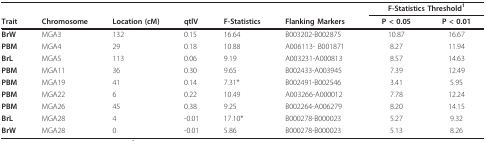
<table><thead><tr><td></td><td></td><td></td><td></td><td></td><td></td><td colspan="2"><b>F-Statistics Threshold<sup>1</sup></b></td></tr><tr><td><b>Trait</b></td><td><b>Chromosome</b></td><td><b>Location (cM)</b></td><td><b>qtlV</b></td><td><b>F-Statistics</b></td><td><b>Flanking Markers</b></td><td><b>P &lt; 0.05</b></td><td><b>P &lt; 0.01</b></td></tr></thead><tbody><tr><td><b>BrW</b></td><td>MGA3</td><td>132</td><td>0.15</td><td>16.64</td><td>B003202-B002875</td><td>10.87</td><td>16.67</td></tr><tr><td><b>PBM</b></td><td>MGA4</td><td>29</td><td>0.18</td><td>10.88</td><td>A006113- B001871</td><td>8.27</td><td>11.94</td></tr><tr><td><b>BrL</b></td><td>MGA5</td><td>113</td><td>0.06</td><td>9.19</td><td>A003231-A000813</td><td>8.57</td><td>14.63</td></tr><tr><td><b>PBM</b></td><td>MGA11</td><td>36</td><td>0.30</td><td>9.65</td><td>B002433-A003945</td><td>7.39</td><td>12.49</td></tr><tr><td><b>PBM</b></td><td>MGA19</td><td>41</td><td>0.14</td><td>7.31*</td><td>B002491-B002546</td><td>3.41</td><td>5.95</td></tr><tr><td><b>PBM</b></td><td>MGA22</td><td>6</td><td>0.22</td><td>10.49</td><td>A003266-A000012</td><td>7.78</td><td>12.24</td></tr><tr><td><b>PBM</b></td><td>MGA26</td><td>45</td><td>0.38</td><td>9.25</td><td>B002264-A006279</td><td>8.20</td><td>14.15</td></tr><tr><td><b>BrL</b></td><td>MGA28</td><td>4</td><td>-0.01</td><td>17.10*</td><td>B000278-B000023</td><td>5.27</td><td>9.32</td></tr><tr><td><b>BrW</b></td><td>MGA28</td><td>0</td><td>-0.01</td><td>5.86</td><td>B000278-B000023</td><td>5.13</td><td>8.26</td></tr></tbody></table>